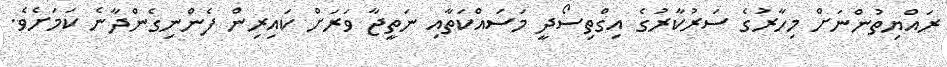
ރައްޔިތުންނަށް މިހާރުގެ ސަރުކާރުގެ އިގްތިސޯދީ މަސައްކަތާއި ނަތީޖާ ވަރަށް ކައިރިން ފެންނިގެންދާނެ ކަމަށެވެ.